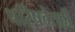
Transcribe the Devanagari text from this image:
परिषदेतही